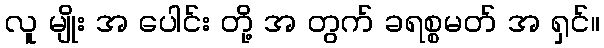
လူ မျိုး အ ပေါင်း တို့ အ တွက် ခရစ္စမတ် အ ရှင်။